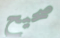
صحيح